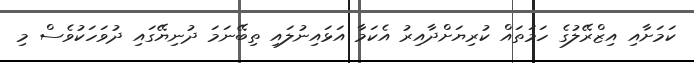
ކަމަށާއި އިޒްރޭލުގެ ހަމަތައް ކުރިޔަށްދާއިރު އެކަމާ އަޅައިނުލައި ތިބޭނަމަ ދުނިޔޭގައި ދުވަހަކުވެސް މި